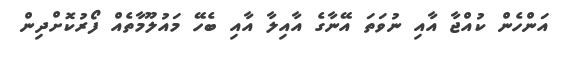
އަންހެން ކުއްޖާ އާއި ނުވަތަ އޭނާގެ އާއިލާ އާއި ބެހޭ މައުލޫމާތެއް ފޯރުކޮށްދިން